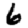
Digit: 6